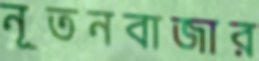
নূতনবাজার